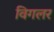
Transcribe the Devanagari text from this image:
विगलर